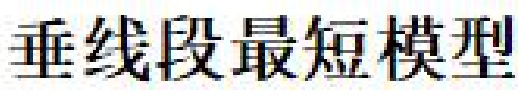
垂线段最短模型